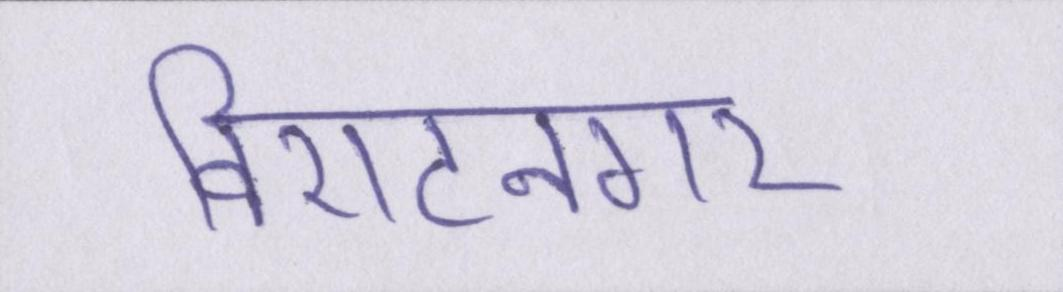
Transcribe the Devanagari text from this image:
विराटनगर